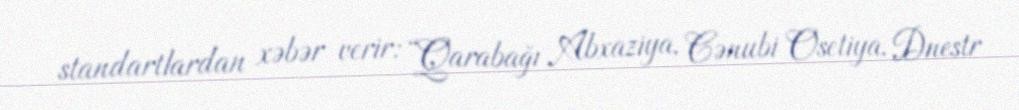
standartlardan xəbər verir: “Qarabağı Abxaziya, Cənubi Osetiya, Dnestr